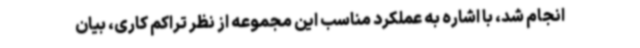
انجام شد، با اشاره به عملکرد مناسب این مجموعه از نظر تراکم کاری، بیان